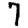
Digit: 7